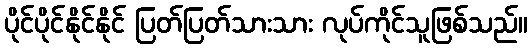
ပိုင်ပိုင်နိုင်နိုင် ပြတ်ပြတ်သားသား လုပ်ကိုင်သူဖြစ်သည်။